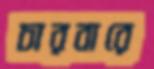
চারবারে